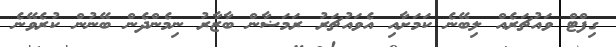
ގިފްޓް ވައުޗަރެއް ލިބޭނެ ކަމަށާއި އެވައުޗަރު ރަމަޟާން ބާޒާރު ނިމެންދެން ބޭނުން ކުރެވޭނެ